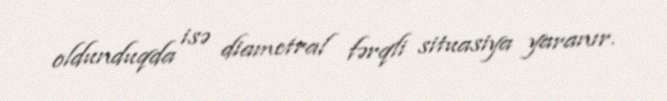
oldunduqda isə diametral fərqli situasiya yaranır.